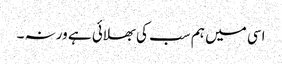
اسی میں ہم سب کی بھلائی ہے ورنہ ۔